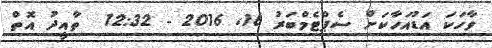
ވާހަކަ އަޑުއަހާކަށް ސެޕްޓެމްބަރު 16